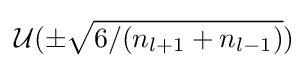
{\mathcal {U}}(\pm {\sqrt {6/(n_{l+1}+n_{l-1})}})